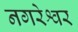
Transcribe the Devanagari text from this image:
नगरेश्वर